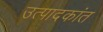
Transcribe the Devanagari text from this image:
उत्पादकांत